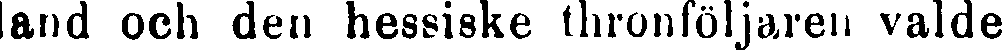
land och den hessiske thronföljaren valde